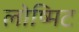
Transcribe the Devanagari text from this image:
लोष्मिट